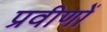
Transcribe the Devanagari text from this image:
प्रवीणों